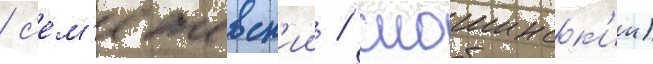
/ с'ем'ежевск'ии / смошинск'ии)